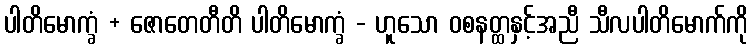
ပါတိမောက္ခံ + ဇောတေတီတိ ပါတိမောက္ခံ - ဟူသော ဝစနတ္ထနှင့်အညီ သီလပါတိမောက်ကို